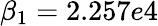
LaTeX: \beta_{1}=2.257e4